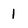
Character: 1